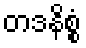
တဒနိစ္စံ